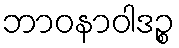
ဘာဝနာဝါဒဉ္စ